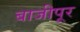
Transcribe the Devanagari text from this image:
बाजीपूर